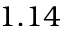
1 . 1 4